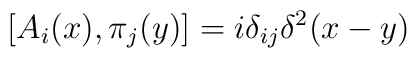
\left[ A_i(x),\pi _j(y)\right] =i\delta _{ij}\delta ^2(x-y)